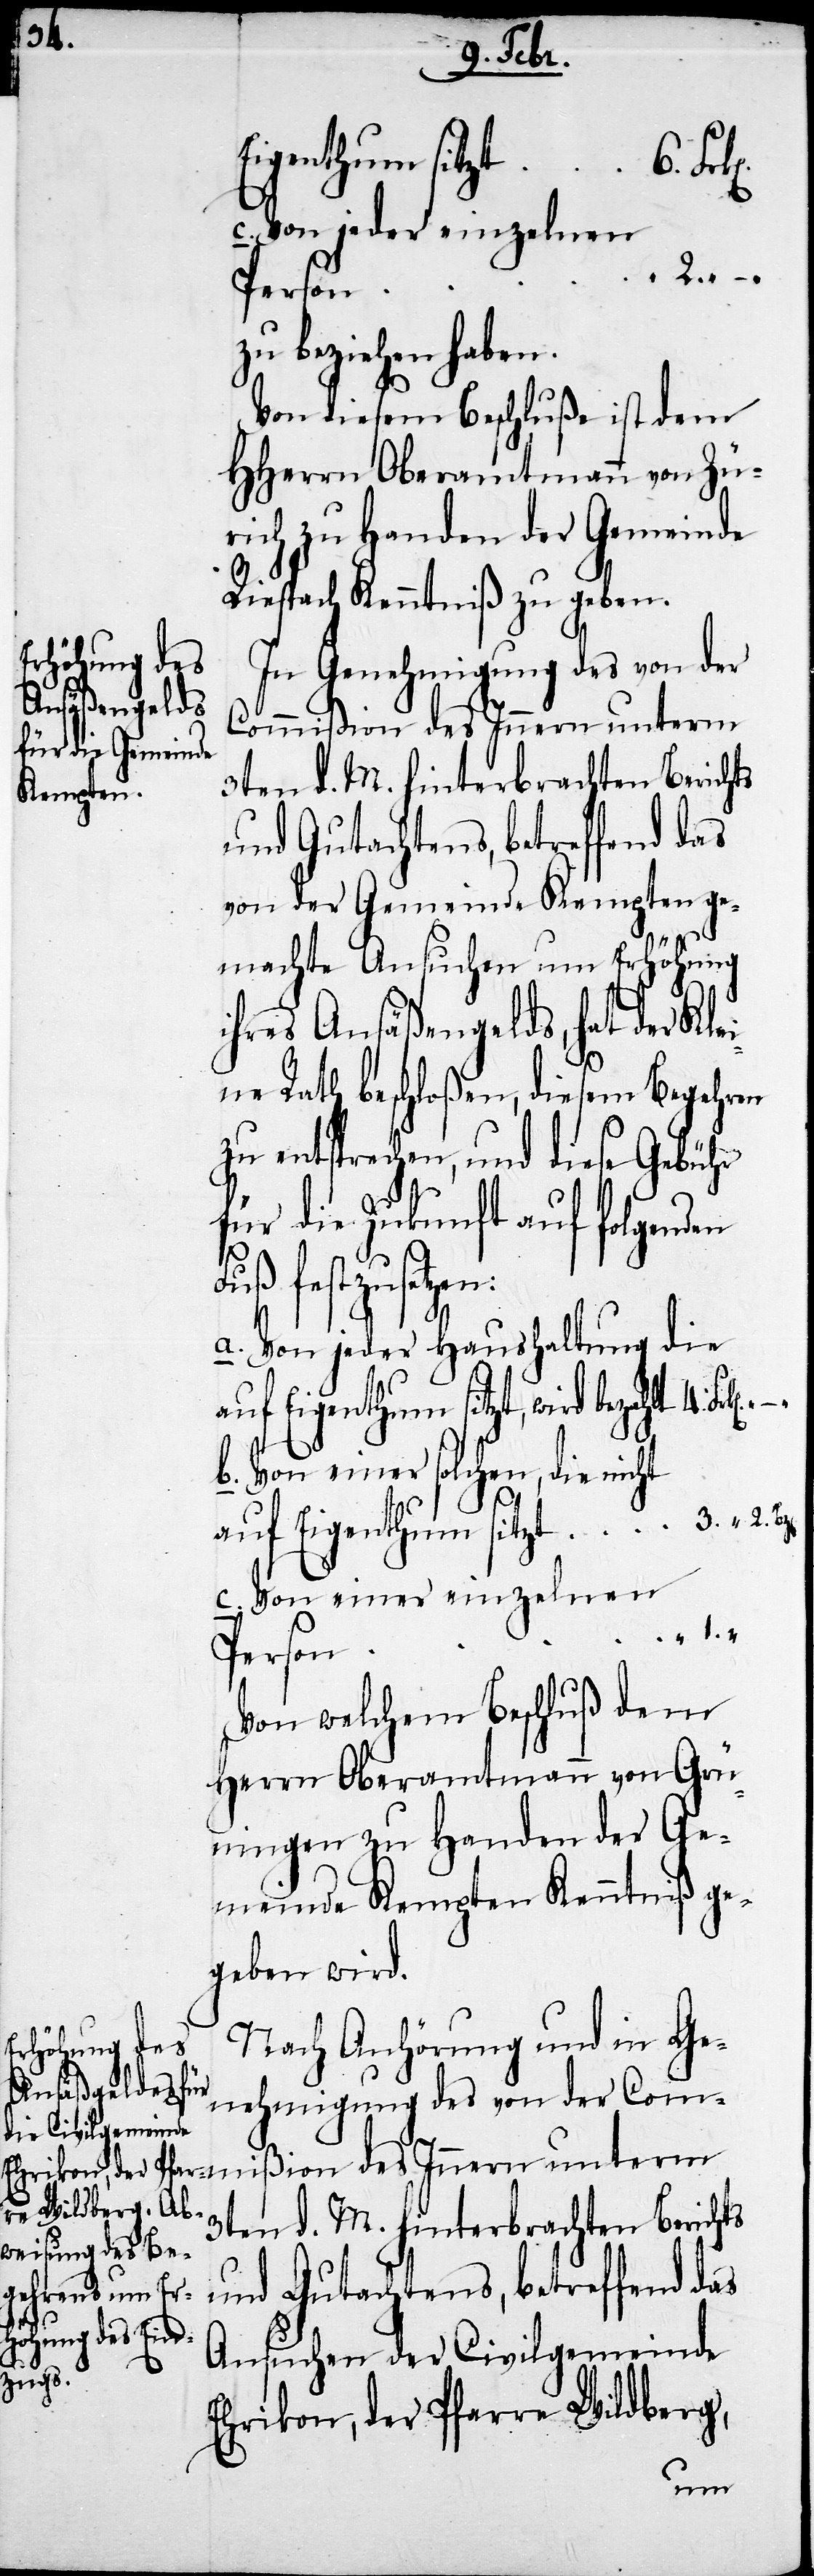
Eigethum sitzt
c. Von jeder einzelnen
zen:
zu beziehen haben.
Von diesem Beschluße ist dem
HHerrn Oberamtmann von Zü¬
rich zu Handen der Gemeinde
Riespach Kenntniß zu geben.
In Genehmigung des von der
ommißion des Innern unterm
3ten d. M. hinterbrachten Berichts
von der Gemeinde Kempten ge¬
machte Ansuchen um Erhöhung
ihres Ansäßengelds, hat der Kle¬
ine Rath beschloßen, diesem Begehren
zu entsprechen, und diese Gebühr
für die Zukunft auf folgenden
Fuß festzuset¬
a. Von jeder Haushaltung die
auf Eigenthum sitzt, wird bezahlt		4.
b. Von einer solchen, die nicht
auf Eigenthum sitzt				3. " 2.
c. Von einer einzelnen
Von welchem Beschluß dem
Herrn Oberamtmann von Grün¬
ingen zu Handen der Ge¬
meinde Kempten Kenntniß ge¬
geben wird.
Nach Anhörung und in Ge¬
nehmigung des von der C¬
und Gutachtens, betreffend das
Ansuchen der Civilgemeinde
Ehrikon, der Pfarre Wildberg,